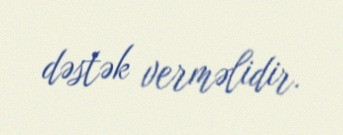
dəstək verməlidir.